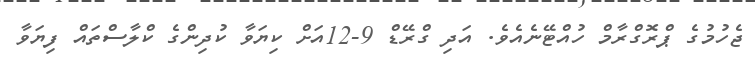
ޖެހުމުގެ ޕްރޮގްރާމް ހުއްޓޭނެއެވެ. އަދި ގްރޭޑް 9-12އަށް ކިޔަވާ ކުދިންގެ ކްލާސްތައް ފިޔަވާ